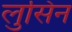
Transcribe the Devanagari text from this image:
लुसिन